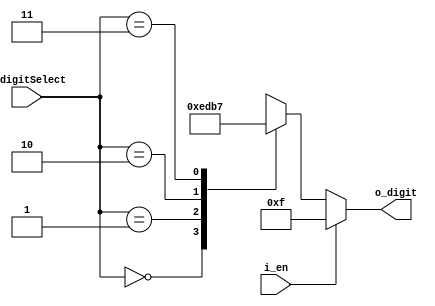
`timescale 1ns / 1ps
//////////////////////////////////////////////////////////////////////////////////
// Company: 
// Engineer: 
// 
// Design Name: 
// Module Name: FND_Select_Decoder
// Project Name: 
// Target Devices: 
// Tool Versions: 
// Description: 
// 
// Dependencies: 
// 
// Revision:
// Revision 0.01 - File Created
// Additional Comments:
// 
//////////////////////////////////////////////////////////////////////////////////


module FND_Select_Decoder(
    input [1:0] i_digitSelect,
    input i_en,
    output [3:0] o_digit
    );

    reg [3:0] r_digit;
    assign o_digit = r_digit;

    always @(i_digitSelect or i_en) begin
        if (i_en) begin
            r_digit = 4'b1111;
        end
        else begin
            case (i_digitSelect)
                2'h0 : r_digit = 4'b1110;
                2'h1 : r_digit = 4'b1101;
                2'h2 : r_digit = 4'b1011;
                2'h3 : r_digit = 4'b0111;
            endcase

        end
    end
endmodule